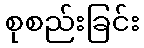
စုစည်းခြင်း